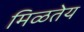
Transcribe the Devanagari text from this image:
मिळतेय